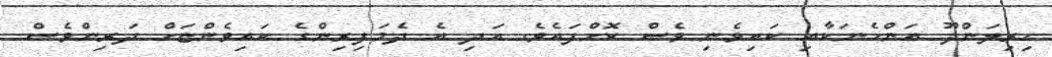
ހިރިލަންދޫ އަންހެނަކާއި ކައިވެނި ވެސް ކޮށްފައެވެ. އަދި އެ ދެމަފިރިންގެ ކައިވެންޏަށް ދަރިންވެސް